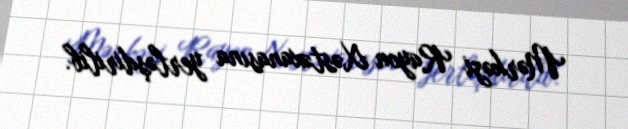
Mərkəzi Rayon Xəstəxanasına yerləşdirilib.